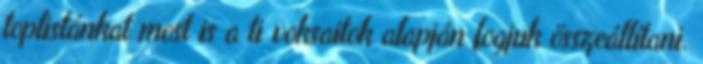
toplistánkat most is a ti voksaitok alapján fogjuk összeállítani.